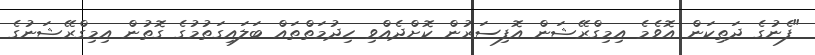
"ފެނުގެ ދަތިކަން އޮވެމެ އިމިގްރޭޝަން އޮފިސަރުން ކޮށްދެއްވި ހިދުމަތްތައް ބަލައިގަތުމުގެ ގޮތުން އިމިގްރޭޝަނުގެ